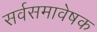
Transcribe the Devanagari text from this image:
सर्वसमावेषक